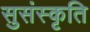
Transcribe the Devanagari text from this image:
सुसंस्कृति